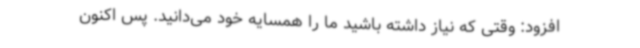
افزود: وقتی که نیاز داشته باشید ما را همسایه خود می‌دانید. پس اکنون